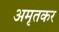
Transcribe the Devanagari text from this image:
अमृतकर